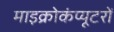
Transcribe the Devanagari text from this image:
माइक्रोकंप्यूटरों